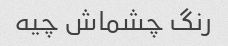
رنگ چشماش چیه